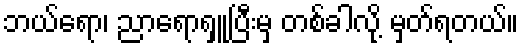
ဘယ်ရော၊ ညာရောရှူပြီးမှ တစ်ခါလို့ မှတ်ရတယ်။